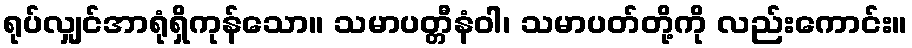
ရုပ်လျှင်အာရုံရှိကုန်သော။ သမာပတ္တီနံဝါ၊ သမာပတ်တို့ကို လည်းကောင်း။